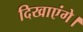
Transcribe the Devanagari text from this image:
दिखाएंगे।